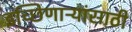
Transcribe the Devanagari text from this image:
इच्छिणाऱ्यांसाठी